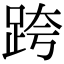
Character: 跨